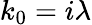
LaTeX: k_{0}=i\lambda